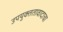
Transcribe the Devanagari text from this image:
उपयुक्ततावादाचा